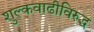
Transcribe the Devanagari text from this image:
शुल्कवाढीविरुद्ध